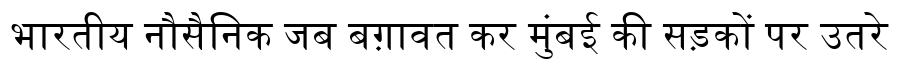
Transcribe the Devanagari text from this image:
भारतीय नौसैनिक जब बग़ावत कर मुंबई की सड़कों पर उतरे